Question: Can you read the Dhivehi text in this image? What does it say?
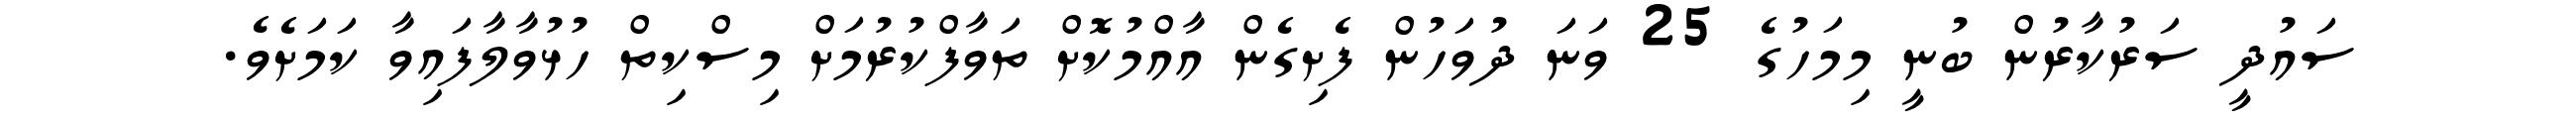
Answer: ސައުދީ ސަރުކާރުން ބުނީ މިމަހުގެ 25 ވަނަ ދުވަހުން ފެށިގެން އާއްމުކޮށް ތަވާފްކުރުމަށް މިސްކިތް ހުޅުވާލާފައިވާ ކަމަށެވެ.